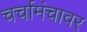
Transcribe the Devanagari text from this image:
चर्चामंचावर